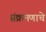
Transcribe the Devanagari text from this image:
संक्रमणाचे